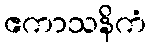
ဧကာသနိကံ